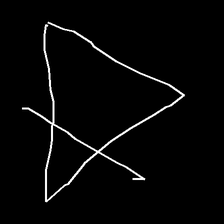
Glyph: empower